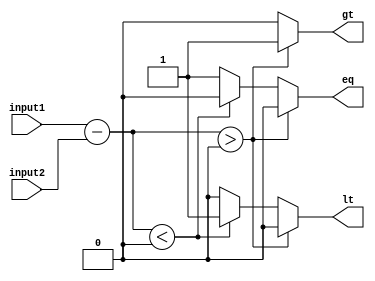
module inequality_comparator (
    input wire [7:0] input1, // First input value
    input wire [7:0] input2, // Second input value
    output reg gt, // Greater than output
    output reg lt, // Less than output
    output reg eq  // Equal output
);

// Arithmetic blocks
reg [8:0] diff; // Difference between input1 and input2

// Comparator logic
always @* begin
    diff = input1 - input2;
    
    if (diff > 0) begin
        gt = 1;
        lt = 0;
        eq = 0;
    end else if (diff < 0) begin
        gt = 0;
        lt = 1;
        eq = 0;
    end else begin
        gt = 0;
        lt = 0;
        eq = 1;
    end
end

endmodule